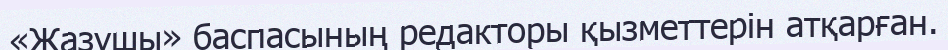
«Жазушы» баспасының редакторы қызметтерін атқарған.